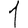
Digit: 1